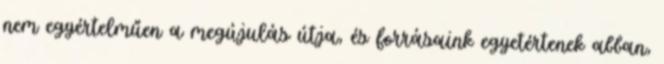
nem egyértelműen a megújulás útja, és forrásaink egyetértenek abban,